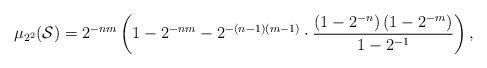
LaTeX: \begin{align*}\mu_{2^2}(\mathcal{S})=2^{-nm} \left( 1 - 2^{-nm} - 2^{-(n-1)(m-1)} \cdot \frac{\left( 1-2^{-n}\right) \left( 1-2^{-m}\right)} {1-2^{-1}}\right) ,\end{align*}